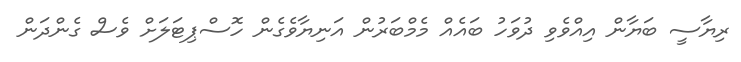
ރިޔާސީ ބަޔާން އިއްވެވި ދުވަހު ބައެއް މެމްބަރުން އަނިޔާވެގެން ހޮސްޕިޓަލަށް ވެސް ގެންދަން